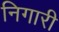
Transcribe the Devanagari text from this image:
निगारी